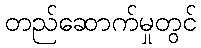
တည်ဆောက်မှုတွင်